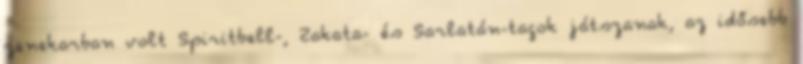
zenekarban volt Spiritbell-, Zakata- és Sarlatán-tagok játszanak, az idősebb